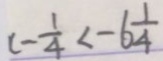
c - \frac { 1 } { 4 } < - 6 \frac { 1 } { 4 }